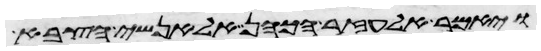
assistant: ויאמר אלעזר הכהן אל אנשי הצבא